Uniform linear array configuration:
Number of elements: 12
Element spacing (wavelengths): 1
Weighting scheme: cosine
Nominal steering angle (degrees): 30
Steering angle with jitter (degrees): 28.666
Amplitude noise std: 0.05
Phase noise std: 0.05

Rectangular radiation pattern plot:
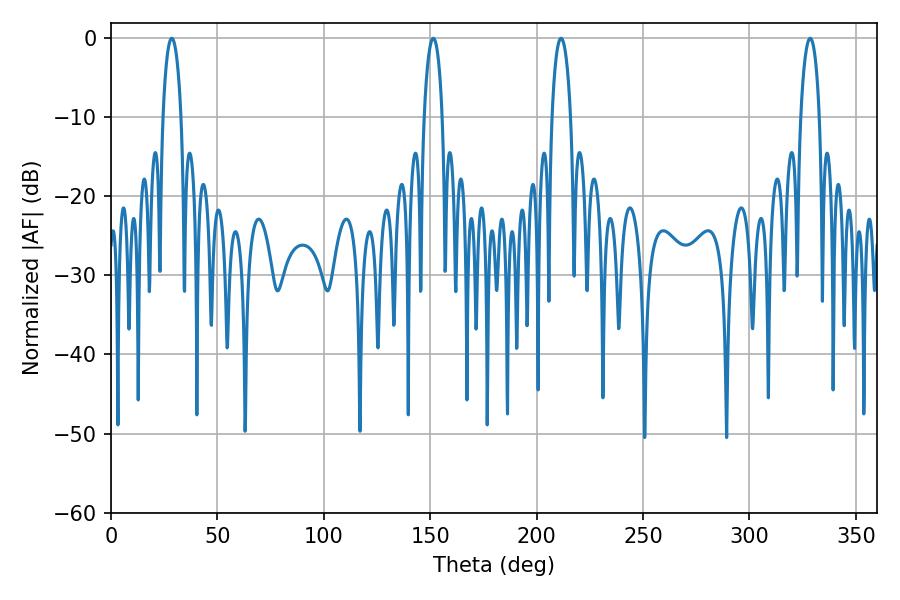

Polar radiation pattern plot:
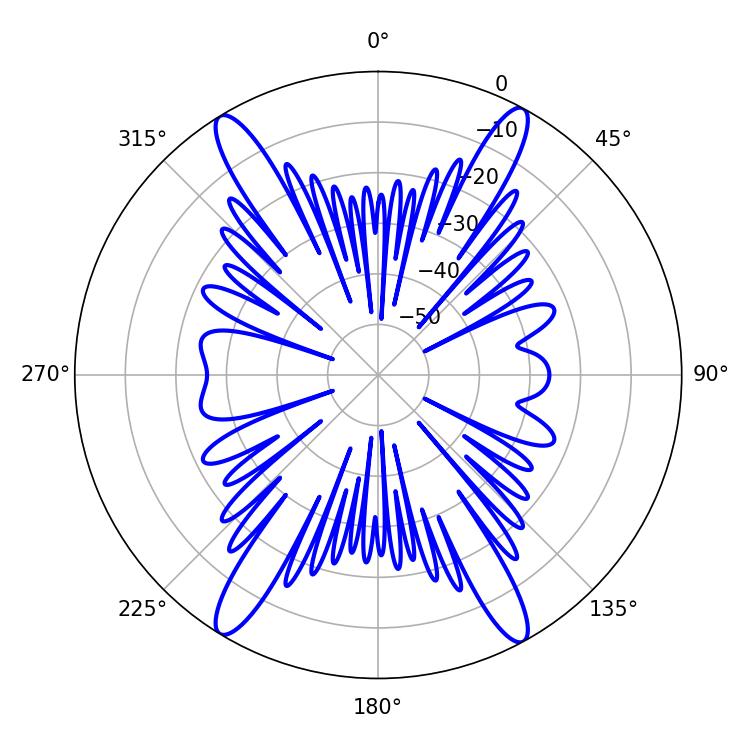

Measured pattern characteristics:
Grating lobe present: TRUE
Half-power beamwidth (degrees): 5.04
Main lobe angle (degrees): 328.5